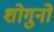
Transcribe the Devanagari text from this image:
शोगुनों